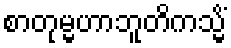
စာတုမ္မဟာဘူတိကသ္မိံ